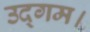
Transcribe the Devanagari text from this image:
उद्गम।